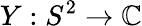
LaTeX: Y:S^{2}\to\mathbb{C}